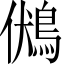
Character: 𪀢